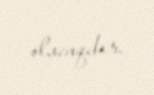
olacaqdır.